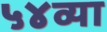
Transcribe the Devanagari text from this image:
५४व्या